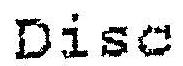
DISC